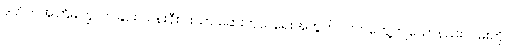
ဒုတိယအကြိမ်ကြွလာခြင်း သန်းနီးပါးသာ ဆေးကုသရေးအတွက် လက်တွေ့ကျသောနည်းလမ်းကို